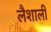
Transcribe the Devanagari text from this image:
लैशाली